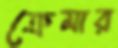
ক্রেমার